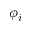
\phi _ { i }